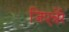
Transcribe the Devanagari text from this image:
जिएन्नेरे